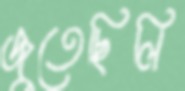
জুতেছিলি